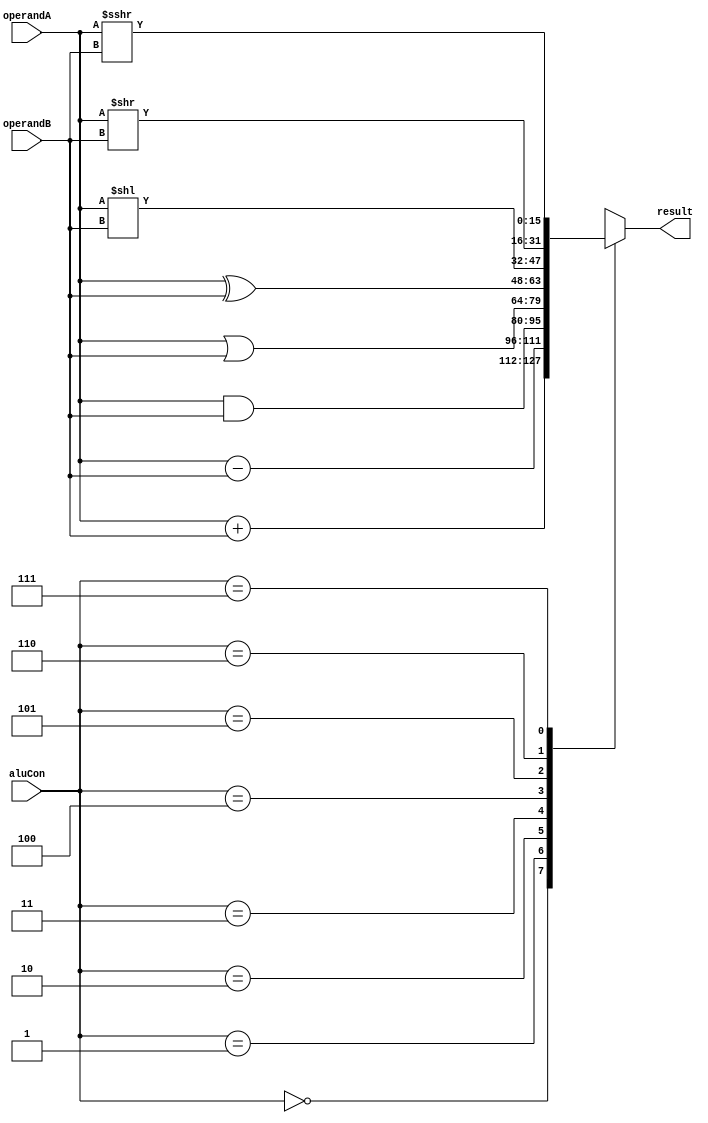
module alu #(parameter DATA_WIDTH=16, parameter ALU_CON_WIDTH=3)(operandA, operandB, aluCon, result);
	input [DATA_WIDTH-1:0] operandA, operandB;
	input [ALU_CON_WIDTH-1:0] aluCon;
	output reg [DATA_WIDTH-1:0] result;
	
	always @(*) begin
		case(aluCon) 
			'd0: result = operandA + operandB;
			'd1: result = operandA - operandB;
			'd2: result = operandA & operandB;
			'd3: result = operandA | operandB;
			'd4: result = operandA ^ operandB;
			'd5: result = operandA << operandB;
			'd6: result = operandA >> operandB;
			'd7: result = operandA >>> operandB;
			default: result=operandA;
		endcase
	end
	
endmodule